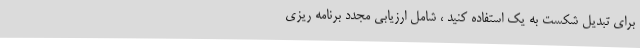
برای تبدیل شکست به یک استفاده کنید ، شامل ارزیابی مجدد برنامه ریزی